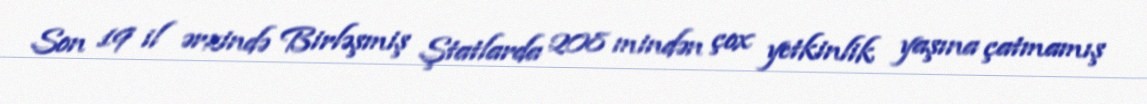
Son 19 il ərzində Birləşmiş Ştatlarda 208 mindən çox yetkinlik yaşına çatmamış